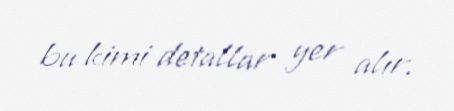
bu kimi detallar yer alır.